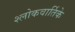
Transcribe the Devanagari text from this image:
श्लोकवार्तिके